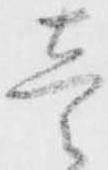
壱